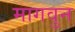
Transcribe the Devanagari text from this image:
मागवुन